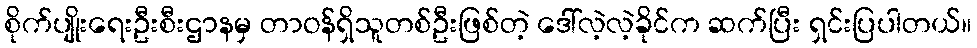
စိုက်ပျိုးရေးဦးစီးဌာနမှ တာဝန်ရှိသူတစ်ဦးဖြစ်တဲ့ ဒေါ်လဲ့လဲ့ခိုင်က ဆက်ပြီး ရှင်းပြပါတယ်။